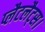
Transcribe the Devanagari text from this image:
प्लैटलैट्स।